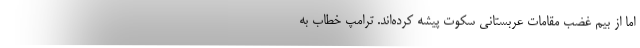
اما از بیم غضب مقامات عربستانی سکوت پیشه کرده‌اند. ترامپ خطاب به